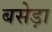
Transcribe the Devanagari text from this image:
बसेड़ा